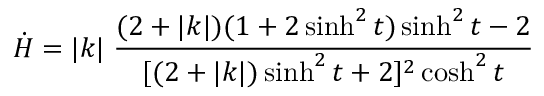
\dot { H } = | k | \; \frac { ( 2 + | k | ) ( 1 + 2 \sinh ^ { 2 } t ) \sinh ^ { 2 } t - 2 } { [ ( 2 + | k | ) \sinh ^ { 2 } t + 2 ] ^ { 2 } \cosh ^ { 2 } t }